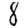
Digit: 8